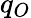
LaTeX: q_{O}